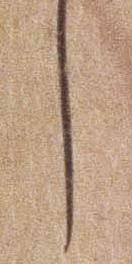
し